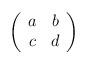
LaTeX: \begin{align*}\left( \begin{array}{cc} a & b \\ c & d \end{array}\right)\end{align*}